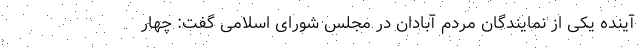
آینده یکی از نمایندگان مردم آبادان در مجلس شورای اسلامی گفت: چهار